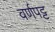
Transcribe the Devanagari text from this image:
वर्णपट्ट